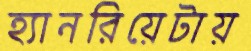
হ্যানরিয়েটায়